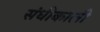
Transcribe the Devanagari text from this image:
संधीकाली